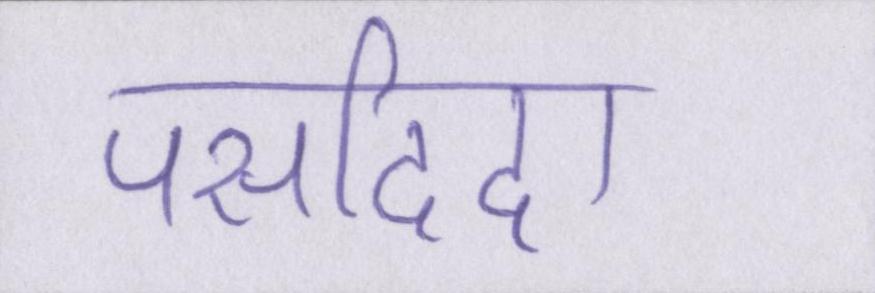
पसदिदा